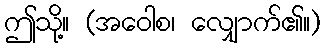
ဤသို့။ (အဝေါစ၊ လျှောက်၏။)